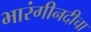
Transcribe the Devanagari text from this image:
भारंगीनदीचा